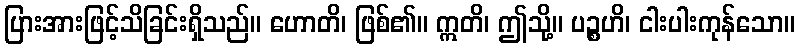
ပြားအားဖြင့်သိခြင်းရှိသည်။ ဟောတိ၊ ဖြစ်၏။ ဣတိ၊ ဤသို့။ ပဉ္စဟိ၊ ငါးပါးကုန်သော။